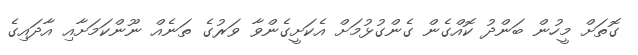
ގޮތަށް މީހުން ބަންދު ކޮއްގެން ގެންގުޅުމަށް އެކަށީގެންވާ ވަރުގެ ތަނެއް ނޫންކަމަށާއި އާދައިގެ